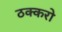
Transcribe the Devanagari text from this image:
ठक्करो